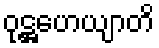
ဝုဋ္ဌဟေယျာတိ